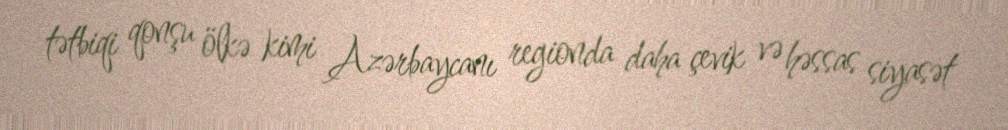
tətbiqi qonşu ölkə kimi Azərbaycanı regionda daha çevik və həssas siyasət